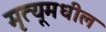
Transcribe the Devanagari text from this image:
मृत्यूमधील